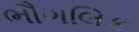
ભૌગલિક